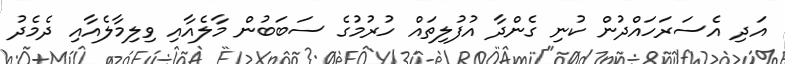
އަދި އެސަރަހައްދުން ކުނި ގެންދާ އުފުލިތައް ހުރުމުގެ ސަބަބުން މާލެއާއި ވިލިމާލެއާއި ދެމެދު